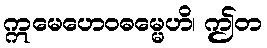
ဣမေဟေဝဓမ္မေဟိ၊ ဤတ